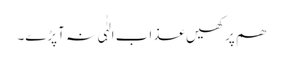
ھم پر کھیں عذاب الہٰٰی نہ آپڑے۔